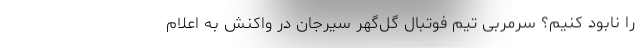
را نابود کنیم؟ سرمربی تیم فوتبال گل‌گهر سیرجان در واکنش به اعلام